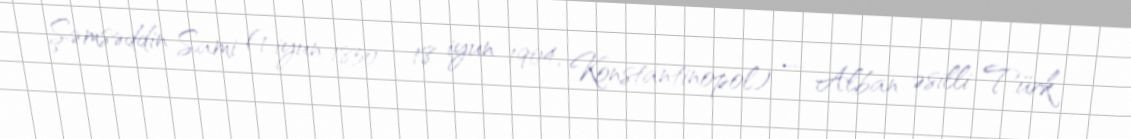
Şəmsəddin Sami (1 iyun 1850 – 18 iyun 1904, Konstantinopol) — Alban əsilli Türk